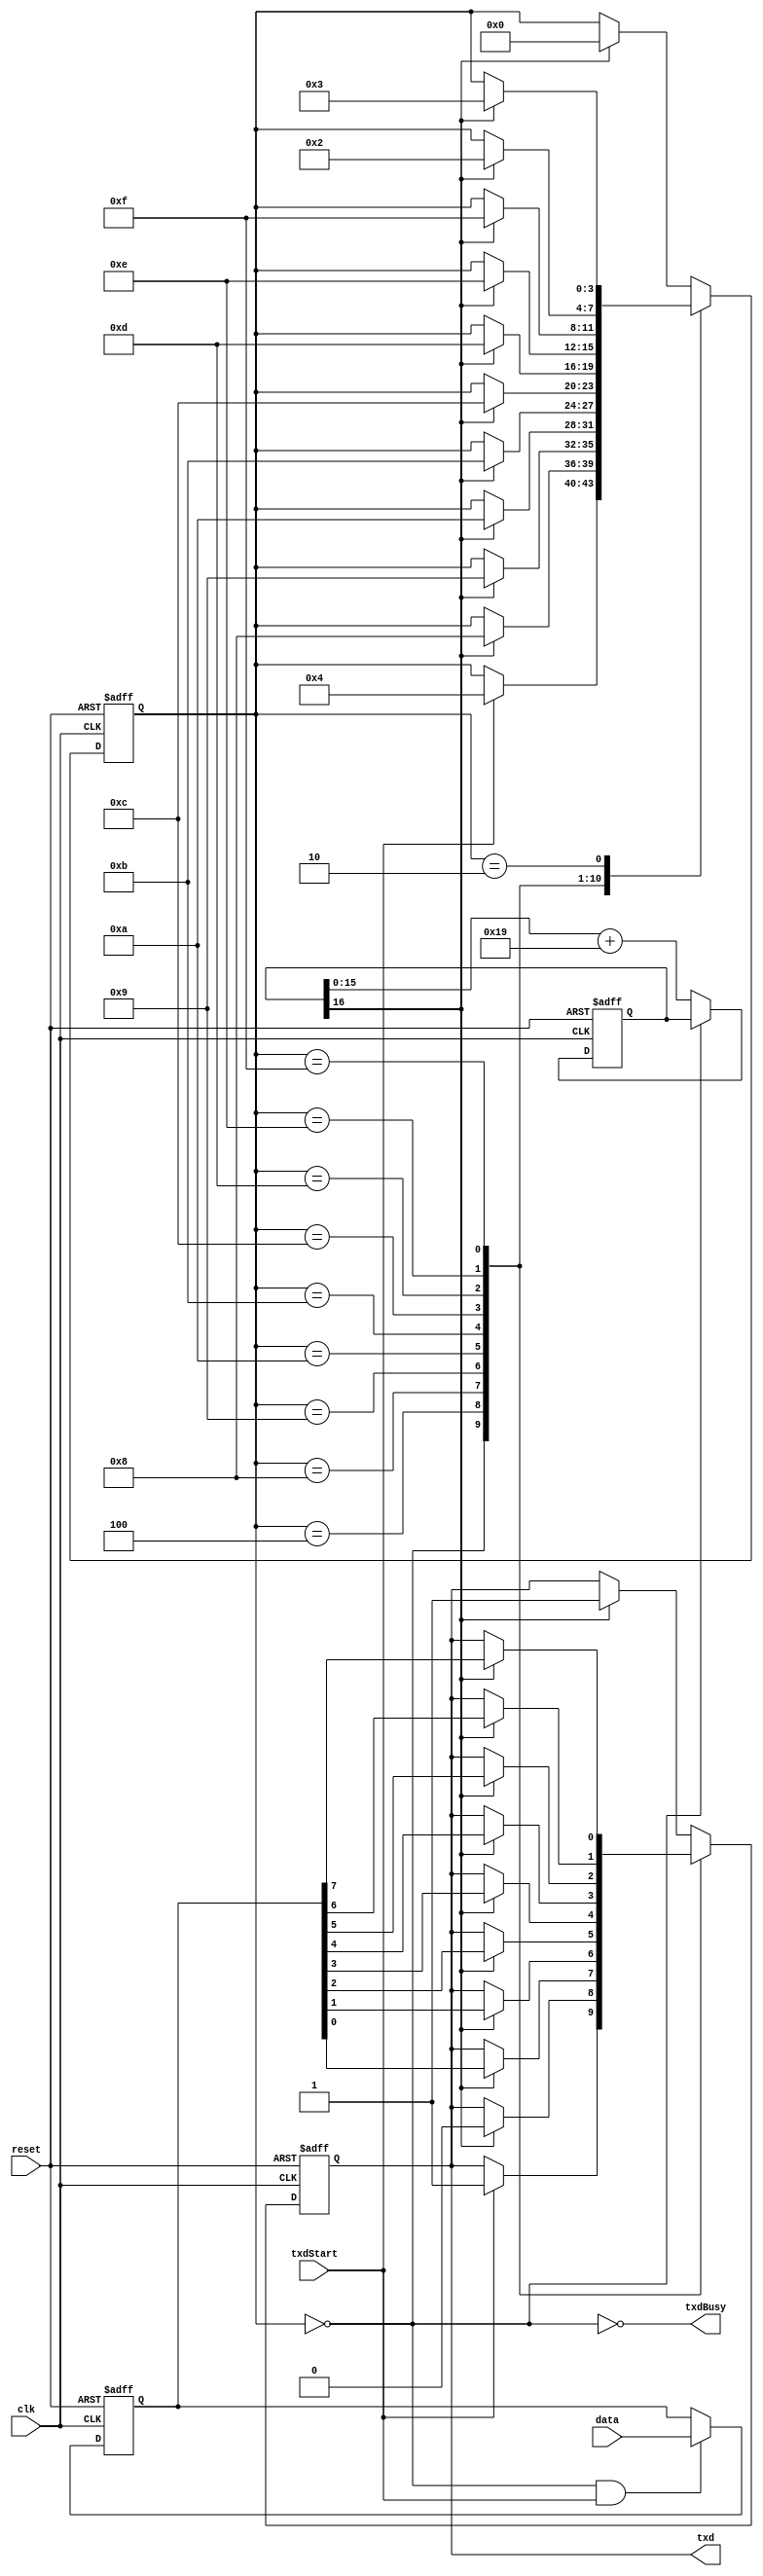
module TransmitData(
	input            clk,
	input            reset,
	input            txdStart,
	input      [7:0] data,
	output reg       txd,
	output           txdBusy
);

/* Frequency of the Keyboard */
	parameter  ClkFrequency = 25000000;  // 25 MHz
	parameter  Baud = 9600;              // 9600
	parameter  BaudGeneratorAccWidth = 16;
/* Registers */
	reg [7:0] dataReg;
	reg [3:0] state;
/* Wires */
	wire      txdReady;

/* Generate BaudTick */
	reg  [BaudGeneratorAccWidth:0] BaudGeneratorAcc;
	wire [BaudGeneratorAccWidth:0] BaudGeneratorInc = ((Baud<<(BaudGeneratorAccWidth-4))+(ClkFrequency>>5))/(ClkFrequency>>4);
	wire BaudTick = BaudGeneratorAcc[BaudGeneratorAccWidth];
	always @ (posedge clk or negedge reset) begin
		if (!reset)
			BaudGeneratorAcc <= 0;
		else if (txdBusy)
			BaudGeneratorAcc <= BaudGeneratorAcc[BaudGeneratorAccWidth-1:0] + BaudGeneratorInc;
	end

	assign txdReady = (state == 0);
	assign txdBusy  = ~txdReady;

	always @ (posedge clk or negedge reset) begin
		if (!reset)
			dataReg <= 8'b00000000;
		else if (txdReady & txdStart)
			dataReg <= data;
	end

	always @ (posedge clk or negedge reset) begin
		if (!reset) begin
			state <= 4'b0000;
			txd   <= 1'b1;
		end
		else
			case (state)
				4'b0000: if (txdStart) begin state <= 4'b0100; txd <= 1'b1;       end
				4'b0100: if (BaudTick) begin state <= 4'b1000; txd <= 1'b0;       end
				4'b1000: if (BaudTick) begin state <= 4'b1001; txd <= dataReg[0]; end
				4'b1001: if (BaudTick) begin state <= 4'b1010; txd <= dataReg[1]; end
				4'b1010: if (BaudTick) begin state <= 4'b1011; txd <= dataReg[2]; end
				4'b1011: if (BaudTick) begin state <= 4'b1100; txd <= dataReg[3]; end
				4'b1100: if (BaudTick) begin state <= 4'b1101; txd <= dataReg[4]; end
				4'b1101: if (BaudTick) begin state <= 4'b1110; txd <= dataReg[5]; end
				4'b1110: if (BaudTick) begin state <= 4'b1111; txd <= dataReg[6]; end
				4'b1111: if (BaudTick) begin state <= 4'b0010; txd <= dataReg[7]; end
				4'b0010: if (BaudTick) begin state <= 4'b0011; txd <= 1'b1;       end
				4'b0011: if (BaudTick) begin state <= 4'b0000; txd <= 1'b1;       end
				default: if (BaudTick) begin state <= 4'b0000; txd <= 1'b1;       end
			endcase
	end

endmodule